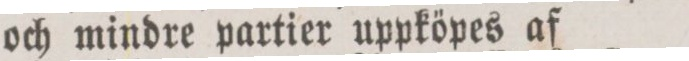
och mindre partier uppköpes af